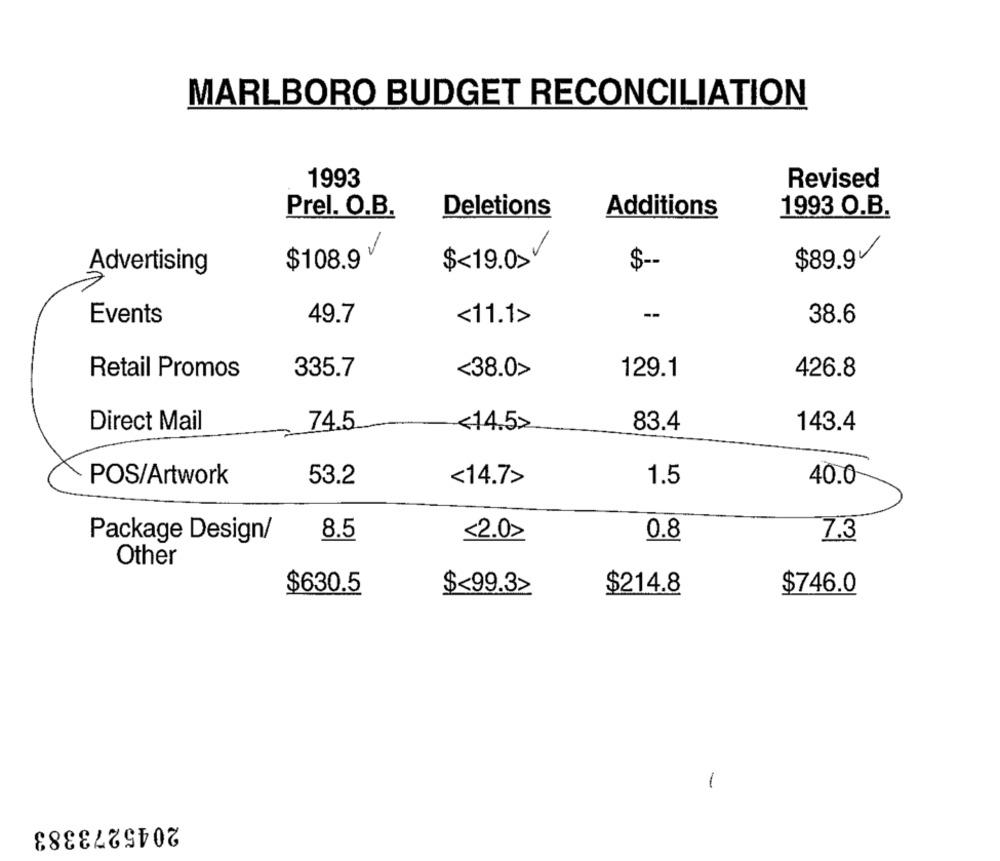
MARLBORO BUDGET RECONCILIATION
1993
Revised
Prel. O.B.
Deletions
Additions
1993 O.B.
$108.9V
$<19.0>
$ --
$89.9
Advertising
Events
<11.1>
--
38.6
49.7
Retail Promos
335.7
<38.0>
129.1
426.8
Direct Mail
74.5
<14.5>
83.4
143.4
POS/Artwork
53.2
<14.7>
1.5
40.0
8.5
0.8
Package Design/
<2.0>
7.3
Other
$630.5
$<99.32
$214.8
$746.0
-
2045273383